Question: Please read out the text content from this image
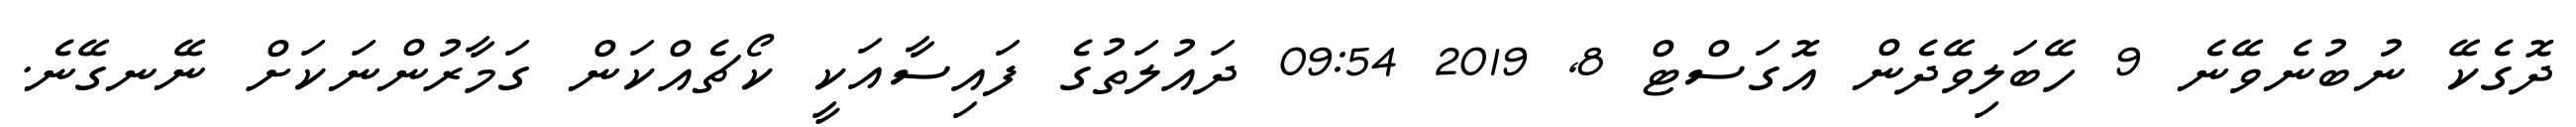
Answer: ދޮގެކޭ ނުބުނެވޭނެ 9 ހޭބަލިވޭދެން އޮގަސްޓް 8, 2019 09:54 ދައުލަތުގެ ފައިސާއަކީ ކޯޗެއްކަން ގަމާރުންނަކަށް ނޭނގޭނެ.